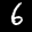
Label: 6